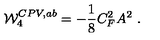
{ \cal W } _ { 4 } ^ { C P V , a b } = - { \frac { 1 } { 8 } } C _ { F } ^ { 2 } A ^ { 2 } \ .